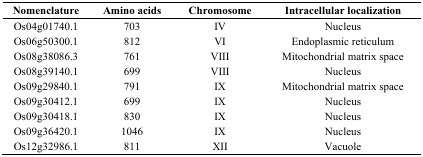
<table><thead><tr><td><b>Nomenclature</b></td><td><b>Amino acids</b></td><td><b>Chromosome</b></td><td><b>Intracellular localization</b></td></tr></thead><tbody><tr><td>Os04g01740.1</td><td>703</td><td>IV</td><td>Nucleus</td></tr><tr><td>Os06g50300.1</td><td>812</td><td>VI</td><td>Endoplasmic reticulum</td></tr><tr><td>Os08g38086.3</td><td>761</td><td>VIII</td><td>Mitochondrial matrix space</td></tr><tr><td>Os08g39140.1</td><td>699</td><td>VIII</td><td>Nucleus</td></tr><tr><td>Os09g29840.1</td><td>791</td><td>IX</td><td>Mitochondrial matrix space</td></tr><tr><td>Os09g30412.1</td><td>699</td><td>IX</td><td>Nucleus</td></tr><tr><td>Os09g30418.1</td><td>830</td><td>IX</td><td>Nucleus</td></tr><tr><td>Os09g36420.1</td><td>1046</td><td>IX</td><td>Nucleus</td></tr><tr><td>Os12g32986.1</td><td>811</td><td>XII</td><td>Vacuole</td></tr></tbody></table>